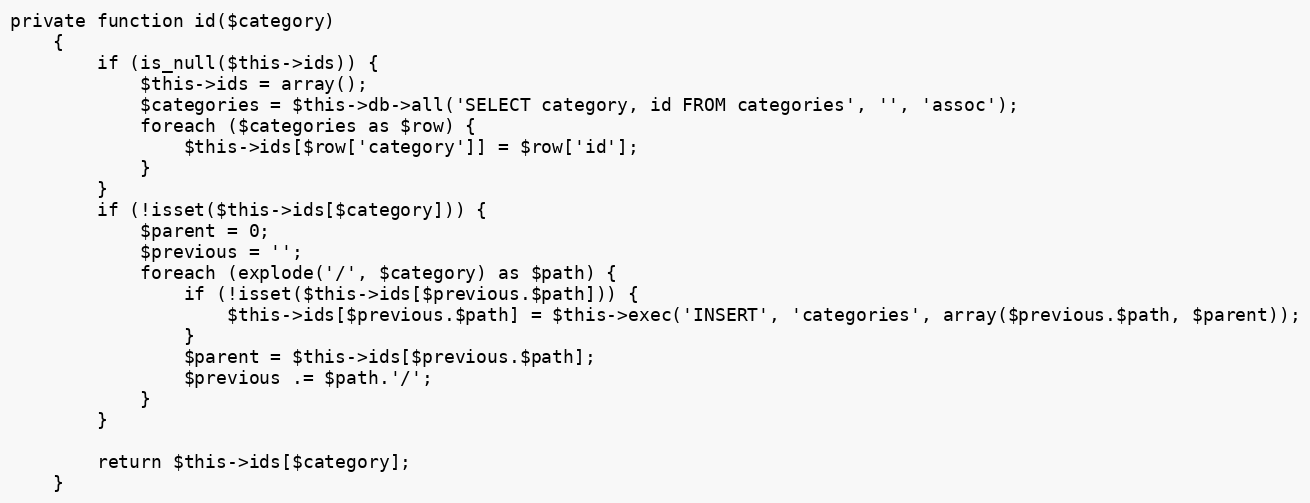
Language: PHP
private function id($category)
    {
        if (is_null($this->ids)) {
            $this->ids = array();
            $categories = $this->db->all('SELECT category, id FROM categories', '', 'assoc');
            foreach ($categories as $row) {
                $this->ids[$row['category']] = $row['id'];
            }
        }
        if (!isset($this->ids[$category])) {
            $parent = 0;
            $previous = '';
            foreach (explode('/', $category) as $path) {
                if (!isset($this->ids[$previous.$path])) {
                    $this->ids[$previous.$path] = $this->exec('INSERT', 'categories', array($previous.$path, $parent));
                }
                $parent = $this->ids[$previous.$path];
                $previous .= $path.'/';
            }
        }

        return $this->ids[$category];
    }